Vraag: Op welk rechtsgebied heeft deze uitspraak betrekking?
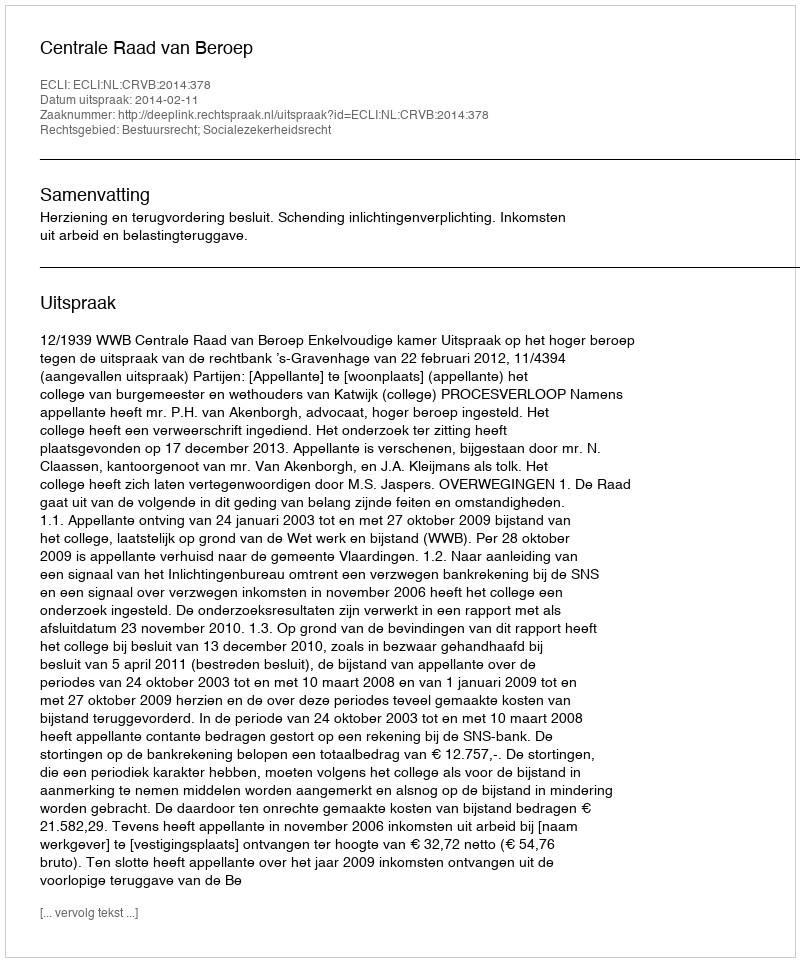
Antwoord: Bestuursrecht; Socialezekerheidsrecht